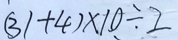
( 3 1 + 4 ) \times 1 0 \div 2